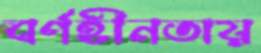
বর্ণহীনতায়